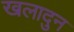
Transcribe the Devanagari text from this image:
खलादुन